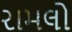
રામલો